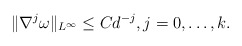
\begin{align*}\|\nabla^j \omega\|_{L^\infty} \leq C d^{-j}, j=0,\ldots,k. \end{align*}